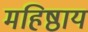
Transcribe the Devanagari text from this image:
महिष्ठाय